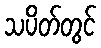
သပိတ်တွင်